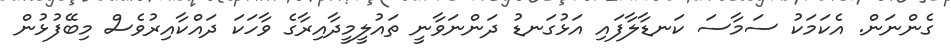
ގެންނަން. އެކަމަކު ސަމާސަ ކަނޑާލާފައި އަޅުގަނޑު ދަންނަވާނީ ތައުލީމީދާއިރާގެ ވާހަކަ ދައްކާއިރުވެސް މިބޭފުޅުން